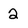
Character: 2